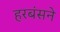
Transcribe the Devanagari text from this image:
हरबंसने